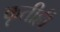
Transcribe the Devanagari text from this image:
कृतीही